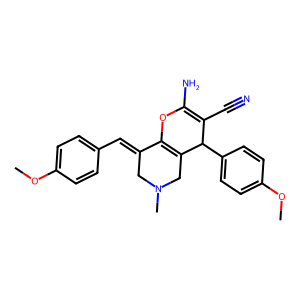
SMILES: COc1ccc(C=C2CN(C)CC3=C2OC(N)=C(C#N)C3c2ccc(OC)cc2)cc1
Inhibits HIV replication: No